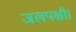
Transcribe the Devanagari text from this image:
जलपक्षी।